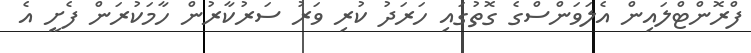
ފްރޮންޓްލައިން އެލަވަންސްގެ ގޮތުގައި ހަރަދު ކުރި ވަރު ސަރުކާރުން ހާމަކުރަން ފެށީ އެ